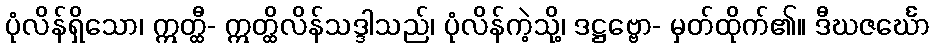
ပုံလိန်ရှိသော၊ ဣတ္ထီ- ဣတ္ထိလိန်သဒ္ဒါသည်၊ ပုံလိန်ကဲ့သို့၊ ဒဋ္ဌဗ္ဗော- မှတ်ထိုက်၏။ ဒီဃဇင်္ဃော